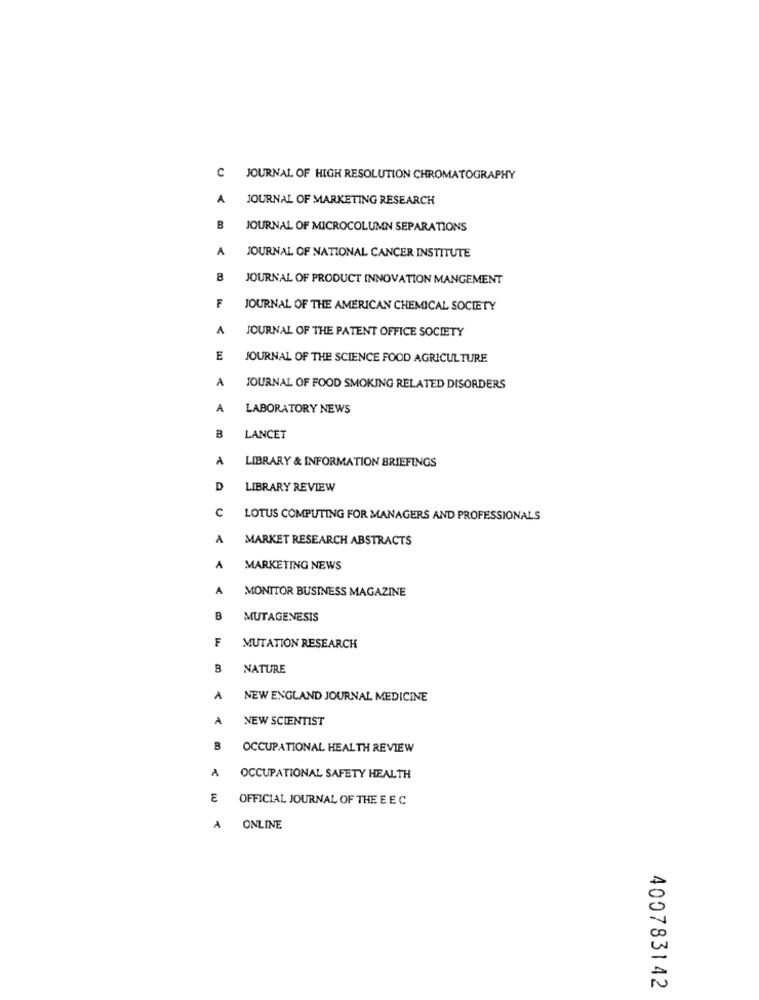
C JOURNAL OF HIGH RESOLUTION CHROMATOGRAPHY
A
JOURNAL OF MARKETING RESEARCH
B
JOURNAL OF MICROCOLUMN SEPARATIONS
A
JOURNAL OF NATIONAL CANCER INSTITUTE
8
JOURNAL OF PRODUCT INNOVATION MANGEMENT
JOURNAL OF THE AMERICAN CHEMICAL SOCIETY
A
JOURNAL OF THE PATENT OFFICE SOCIETY
E
JOURNAL OF THE SCIENCE FOOD AGRICULTURE
A
JOURNAL OF FOOD SMOKING RELATED DISORDERS
A
LABORATORY NEWS
B
LANCET
A
LIBRARY & INFORMATION BRIEFINGS
D
LIBRARY REVIEW
C
LOTUS COMPUTING FOR MANAGERS AND PROFESSIONALS
A
MARKET RESEARCH ABSTRACTS
A
MARKETING NEWS
A
MONITOR BUSINESS MAGAZINE
B
MUTAGENESIS
F
MUTATION RESEARCH
NATURE
A
NEW ENGLAND JOURNAL MEDICINE
A
NEW SCIENTIST
B
OCCUPATIONAL HEALTH REVIEW
OCCUPATIONAL SAFETY HEALTH
E
OFFICIAL JOURNAL OF THE E E C
A
ONLINE
400783142